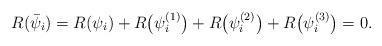
LaTeX: \begin{align*} R(\bar{\psi}_i) = R(\psi_i) + R\big(\psi_i^{(1)}\big) + R\big(\psi_i^{(2)}\big) + R\big(\psi_i^{(3)}\big) = 0 .\end{align*}